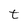
Character: t